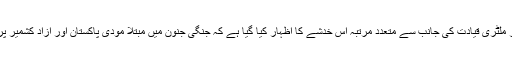
پاکستان کی سول اور ملٹری قیادت کی جانب سے متعدد مرتبہ اس خدشے کا اظہار کیا گیا ہے کہ جنگی جنون میں مبتلا مودی پاکستان اور آزاد کشمیر پر حملہ کر سکتا ہے۔